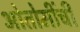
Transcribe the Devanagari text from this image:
ओतोमींची